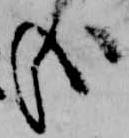
哉